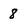
Character: 8